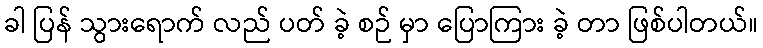
ခါ ပြန် သွားရောက် လည် ပတ် ခဲ့ စဉ် မှာ ပြောကြား ခဲ့ တာ ဖြစ်ပါတယ်။